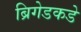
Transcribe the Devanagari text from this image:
ब्रिगेडकडे